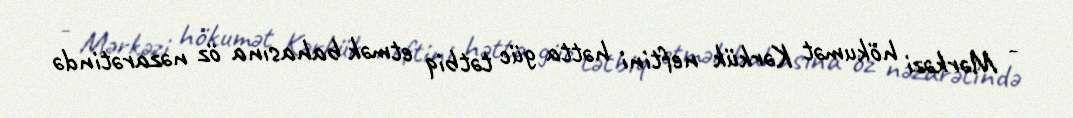
- Mərkəzi hökumət Kərkük neftini hətta güc tətbiq etmək bahasına öz nəzarətində